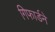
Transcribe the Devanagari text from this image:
गिफार्डने